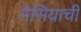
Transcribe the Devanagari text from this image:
मेसियाची